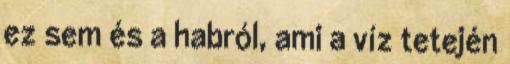
ez sem és a habról, ami a víz tetején